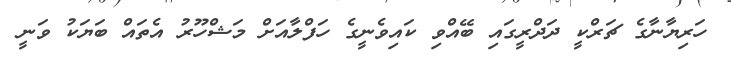
ހަރިޔާނާގެ ޗަރްކީ ދަދްރީގައި ބޭއްވި ކައިވެނީގެ ހަފްލާއަށް މަޝްހޫރު އެތައް ބަޔަކު ވަނީ